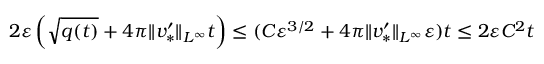
2 \varepsilon \left( \sqrt { q ( t ) } + 4 \pi \| v _ { * } ^ { \prime } \| _ { L ^ { \infty } } t \right) \leq ( C \varepsilon ^ { 3 / 2 } + 4 \pi \| v _ { * } ^ { \prime } \| _ { L ^ { \infty } } \varepsilon ) t \leq 2 \varepsilon C ^ { 2 } t